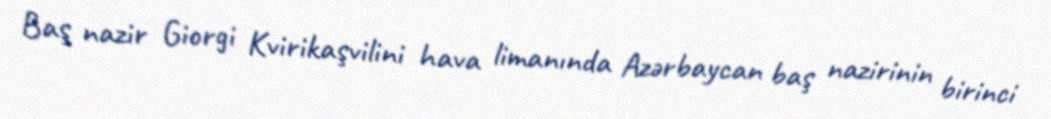
Baş nazir Giorgi Kvirikaşvilini hava limanında Azərbaycan baş nazirinin birinci